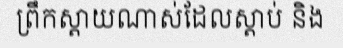
ព្រឹកស្តាយណាស់ដែលស្តាប់ និង